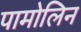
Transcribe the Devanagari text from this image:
पामोलिन